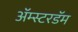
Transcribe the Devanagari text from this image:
अॅम्स्टरडॅम